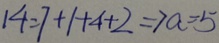
1 4 = 7 + 1 + 4 + 2 \Rightarrow a = 5